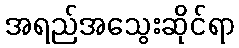
အရည်အသွေးဆိုင်ရာ